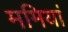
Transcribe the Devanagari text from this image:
ममियां